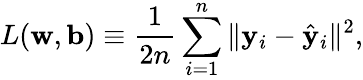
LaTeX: L(\mathbf{w},\mathbf{b})\equiv\frac{1}{2n}\sum_{i=1}^{n}\| \mathbf{y}_{i}-\hat{\mathbf{y}}_{i}\| ^{2},